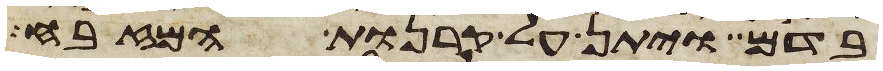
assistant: בדם ויתן על קרנות המזבח